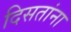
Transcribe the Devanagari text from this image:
दिसतांना